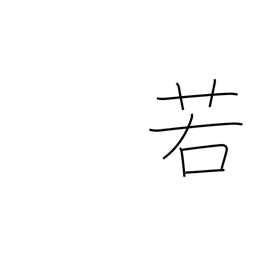
Meaning: perhaps